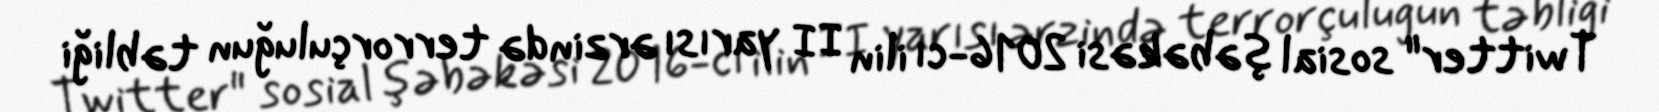
Twitter" sosial şəbəkəsi 2016-cı ilin II yarısı ərzində terrorçuluğun təbliği